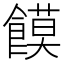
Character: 饃